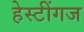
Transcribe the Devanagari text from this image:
हेस्टींगज